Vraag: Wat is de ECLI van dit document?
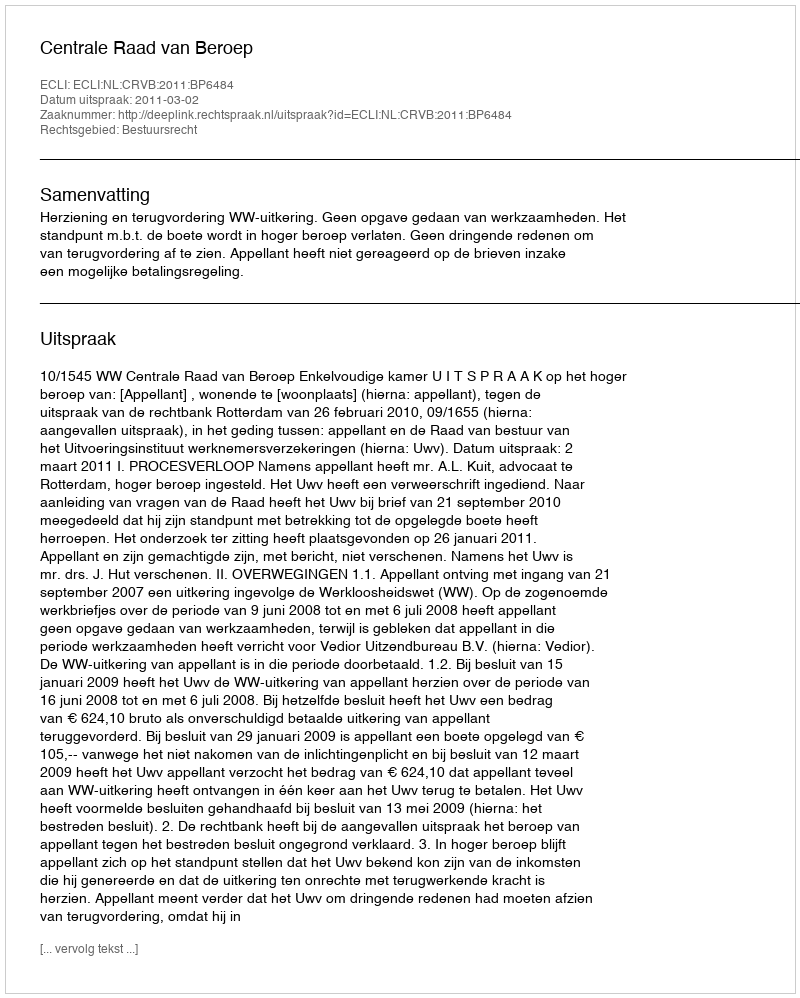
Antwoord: ECLI:NL:CRVB:2011:BP6484